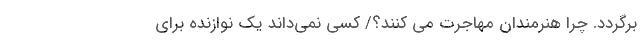
برگردد. چرا هنرمندان مهاجرت می کنند؟/ کسی نمی‌داند یک نوازنده برای